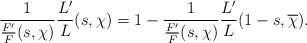
\begin{align*} \frac{1}{\frac{F'}{F}(s,\chi)} \frac{L'}{L}(s,\chi) = 1 - \frac{1}{\frac{F'}{F}(s,\chi)} \frac{L'}{L}(1-s,\overline{\chi}).\end{align*}